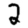
Digit: 2